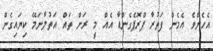
އެހެންވެ އެމެން ފަތުރާ ޕްރޮޕެގެންޑާ އެއް މީ ރަށް ތައް އަތުލާނަމޭ ކިޔައިގެން